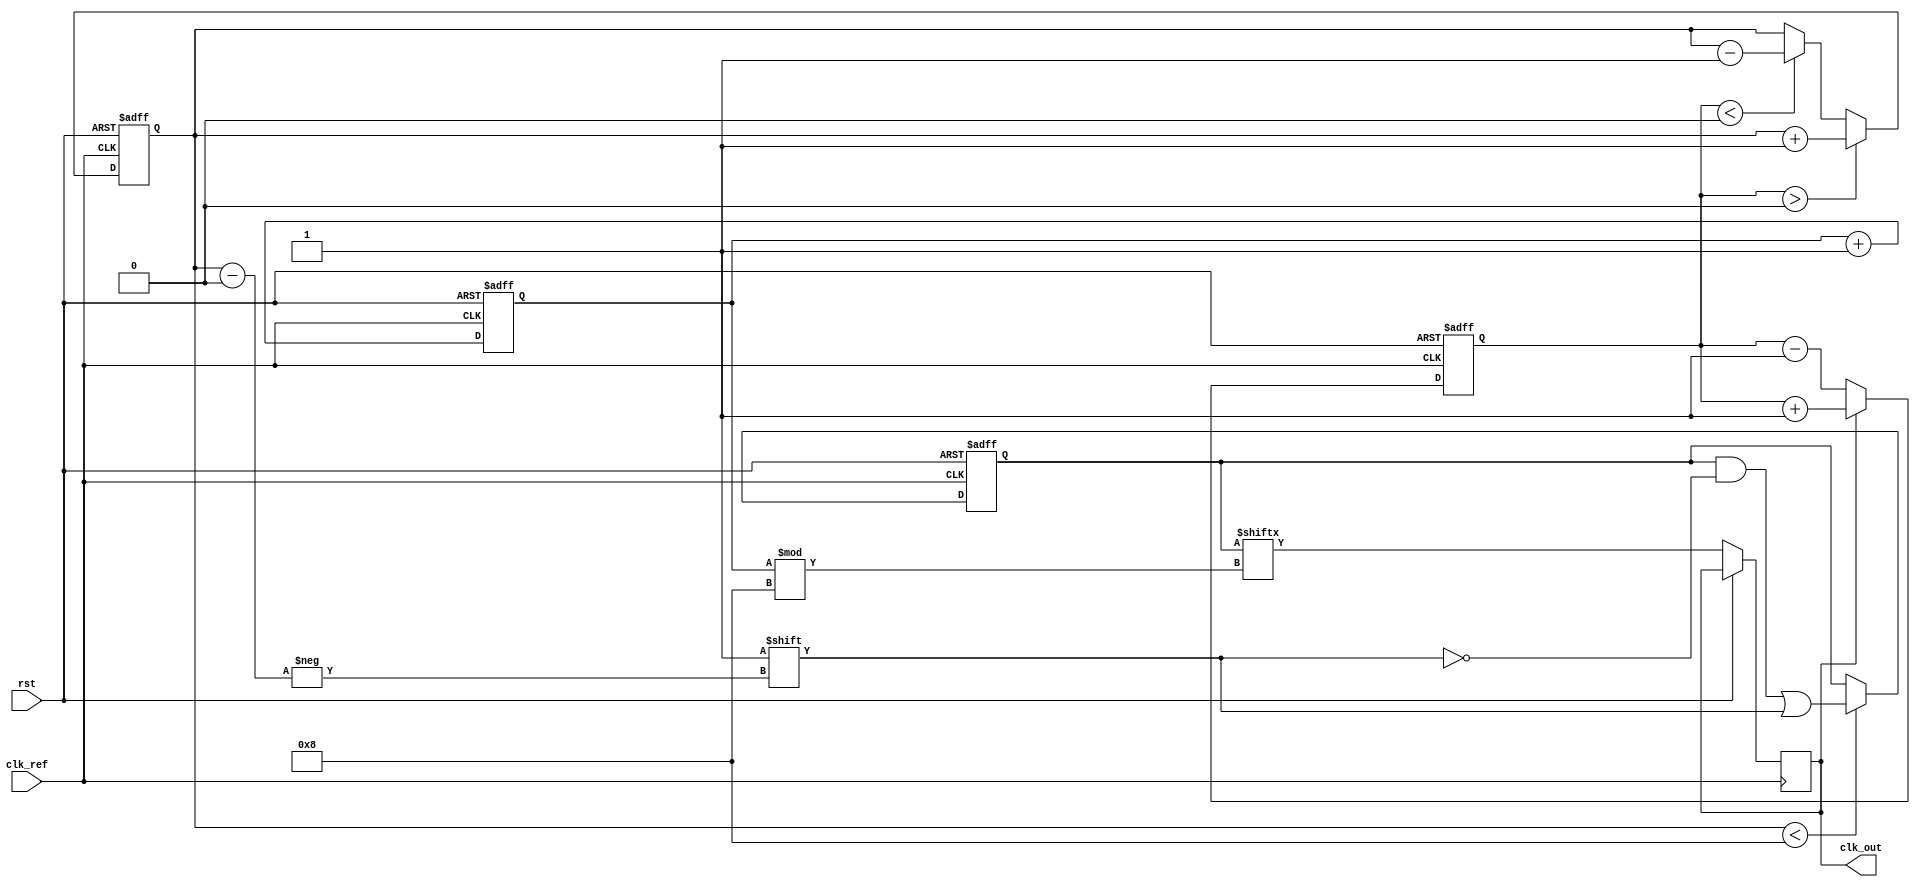
module MemoryBlocksDLL (
    input wire clk_ref,          // Reference Clock Input
    input wire rst,              // Reset Signal
    output reg clk_out           // Output Clock
);

    // Parameters
    parameter NUM_DELAY_ELEMENTS = 8; // Number of delay elements
    parameter DELAY_STEP = 1;          // Delay step size

    // Internal signals
    reg [NUM_DELAY_ELEMENTS-1:0] delay_line; // Delay line (memory blocks)
    reg [3:0] delay_count;                  // Current delay count
    reg error_signal;                       // Error signal from phase detector
    reg [3:0] phase_detector_output;        // Phase detector output
    reg [3:0] control_signal;               // Control signal for delay adjustment

    // Phase Detector Logic
    always @(posedge clk_ref or posedge rst) begin
        if (rst) begin
            phase_detector_output <= 4'b0; // Reset phase detector output
        end else begin
            // Simple phase detection logic (example)
            // Here we assume clk_out is already generated and available
            if (clk_out) begin
                phase_detector_output <= phase_detector_output + 1; // Increment phase count
            end else begin
                phase_detector_output <= phase_detector_output - 1; // Decrement phase count
            end
        end
    end

    // Control Logic
    always @(posedge clk_ref or posedge rst) begin
        if (rst) begin
            control_signal <= 4'b0; // Reset control signal
        end else begin
            // Adjust delay based on phase detector output
            if (phase_detector_output > 4'd0) begin
                control_signal <= control_signal + DELAY_STEP; // Increase delay
            end else if (phase_detector_output < 4'd0) begin
                control_signal <= control_signal - DELAY_STEP; // Decrease delay
            end
        end
    end

    // Delay Line Logic
    always @(posedge clk_ref or posedge rst) begin
        if (rst) begin
            delay_line <= 8'b0; // Initialize delay line to zero
            delay_count <= 4'b0; // Initialize delay count
        end else begin
            // Update delay line based on control signal
            if (control_signal < NUM_DELAY_ELEMENTS) begin
                delay_line[control_signal] <= 1'b1; // Enable the corresponding delay element
            end
            // Shift the delay line to produce clk_out
            delay_count <= delay_count + 1;
            clk_out <= delay_line[delay_count % NUM_DELAY_ELEMENTS]; // Output the delayed clock
        end
    end

endmodule